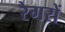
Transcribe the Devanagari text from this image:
रैगरों